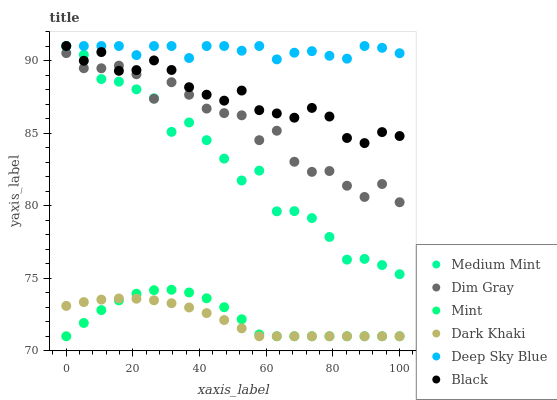
| xaxis_label | Medium Mint | Dim Gray | Mint | Dark Khaki | Deep Sky Blue | Black |
 | --- | --- | --- | --- | --- | --- | --- |
 | 0 | 91 | 90.5 | 71 | 73.1 | 91 | 91 |
 | 5.26 | 90.4 | 89.5 | 71.9 | 73.4 | 91 | 90 |
 | 10.5 | 88.7 | 89.5 | 72.8 | 73.5 | 91 | 90.6 |
 | 15.8 | 88.5 | 89.6 | 73.5 | 73.6 | 91 | 89.3 |
 | 21.1 | 88 | 89.1 | 73.9 | 73.6 | 90.4 | 89.3 |
 | 26.3 | 87.4 | 87.4 | 74.2 | 73.5 | 91 | 90 |
 | 31.6 | 85.1 | 88.5 | 74.2 | 73.3 | 91 | 89.3 |
 | 36.8 | 85.7 | 87.6 | 74 | 73 | 90.2 | 88.2 |
 | 42.1 | 84.5 | 86.7 | 73.6 | 72.6 | 91 | 87.6 |
 | 47.4 | 83.2 | 86.4 | 73 | 72.1 | 91 | 87.2 |
 | 52.6 | 81.7 | 86.2 | 72.2 | 71.5 | 90.7 | 87.9 |
 | 57.9 | 82.4 | 84.5 | 71.1 | 71 | 91 | 86.6 |
 | 63.2 | 79.6 | 85.2 | 71 | 71 | 90.1 | 86.4 |
 | 68.4 | 79.6 | 83 | 71 | 71 | 90.5 | 86.1 |
 | 73.7 | 79.1 | 82.3 | 71 | 71 | 90.6 | 86.7 |
 | 78.9 | 77.8 | 82.4 | 71 | 71 | 90.3 | 86.1 |
 | 84.2 | 76.3 | 81.4 | 71 | 71 | 90.1 | 84.7 |
 | 89.5 | 76.3 | 80.6 | 71 | 71 | 91 | 84.3 |
 | 94.7 | 75.9 | 81.5 | 71 | 71 | 90.9 | 85.1 |
 | 100 | 75.3 | 80.2 | 71 | 71 | 90.5 | 84.8 |